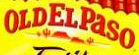

				OLDELPaSO